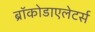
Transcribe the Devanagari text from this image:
ब्रॉकोडाएलेटर्स